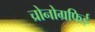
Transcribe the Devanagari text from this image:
च्रोनोग्रफिई